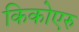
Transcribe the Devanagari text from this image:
किकोएरु